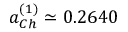
a _ { C h } ^ { ( 1 ) } \simeq 0 . 2 6 4 0